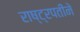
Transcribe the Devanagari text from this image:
राष्ट्रपतीने